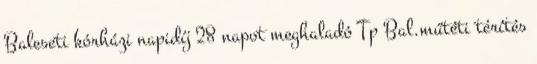
Baleseti kórházi napidíj 28 napot meghaladó Tp Bal.műtéti térítés